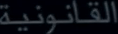
القانونية